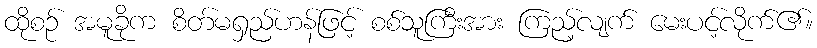
ထိုစဉ် အမူခိုက စိတ်မရှည်ဟန်ဖြင့် စစ်သူကြီးအား ကြည့်လျက် မေးပင့်လိုက်၏။